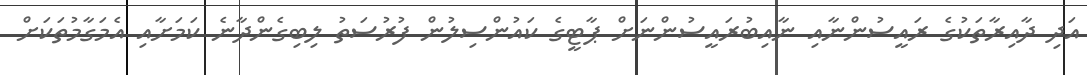
އަދި ދާއިރާތަކުގެ ރައީސުންނާއި ނާއިބުރައީސުންނަށް ޕާޓީގެ ކައުންސިލުން ފުރުސަތު ލިބިގެންދާނެ ކަމަށާއި އެމަގާމުތަކަށް